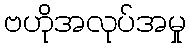
ဗဟိုအလုပ်အမှု